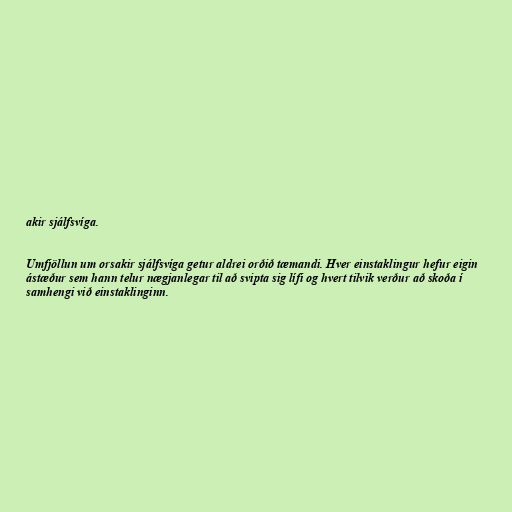
akir sjálfsvíga.

Umfjöllun um orsakir sjálfsvíga getur aldrei orðið tæmandi. Hver einstaklingur hefur eigin
ástæður sem hann telur nægjanlegar til að svipta sig lífi og hvert tilvik verður að skoða í
samhengi við einstaklinginn.